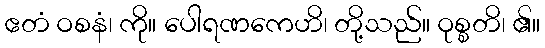
ဧတံ ဝစနံ၊ ကို။ ပေါရဏကေဟိ၊ တို့သည်။ ဝုစ္စတိ၊ ၏။